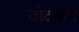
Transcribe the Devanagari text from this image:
छोटकन